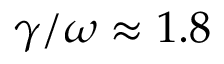
\gamma / \omega \approx 1 . 8 \